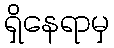
ရှိနေရာမှ